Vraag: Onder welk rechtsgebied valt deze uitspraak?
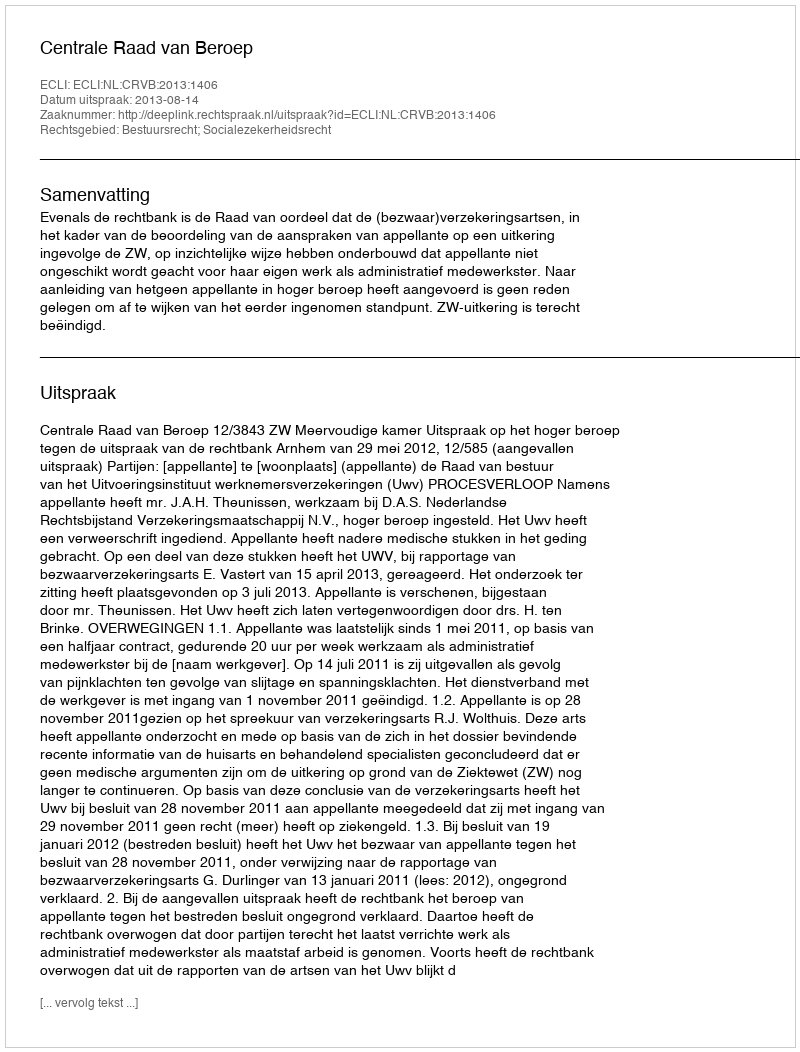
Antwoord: Bestuursrecht; Socialezekerheidsrecht